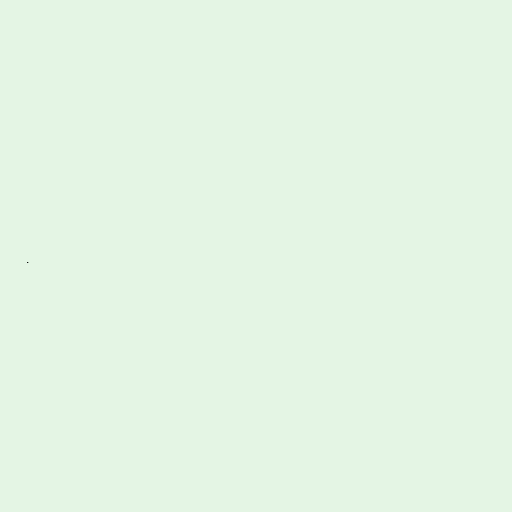
.